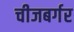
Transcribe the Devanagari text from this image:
चीजबर्गर